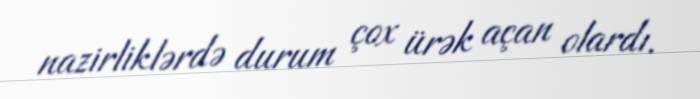
nazirliklərdə durum çox ürək açan olardı.